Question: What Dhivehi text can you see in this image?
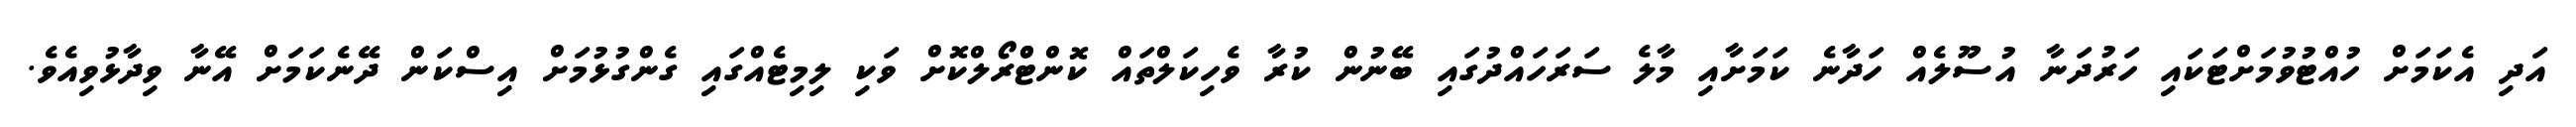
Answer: އަދި އެކަމަށް ހުއްޓުވުމަށްޓަކައި ހަރުދަނާ އުސޫލެއް ހަދާނެ ކަމަށާއި މާލެ ސަރަހައްދުގައި ބޭނުން ކުރާ ވެހިކަލްތައް ކޮންޓްްރޯލްކޮށް ވަކި ލިމިޓެއްގައި ގެންގުޅުމަށް އިސްކަން ދޭނެކަމަށް އޭނާ ވިދާޅުވިއެވެ.